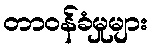
တာဝန်ခံမှုများ